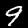
Digit: 9